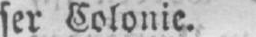
ser Colonie.